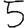
Digit: 5